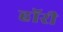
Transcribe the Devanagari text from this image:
हॉरी